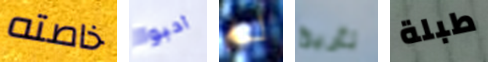
خاصته أحبوا لم تأريخ طبلة